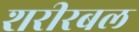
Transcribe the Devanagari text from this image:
शरीरबल